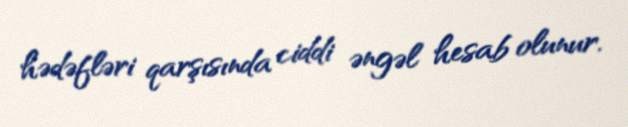
hədəfləri qarşısında ciddi əngəl hesab olunur.